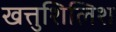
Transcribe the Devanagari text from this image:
खत्तुशिलिश